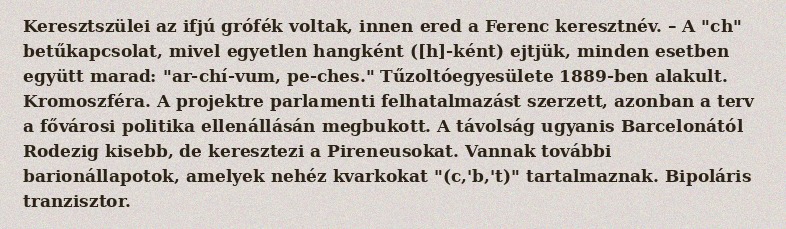
Keresztszülei az ifjú grófék voltak, innen ered a Ferenc keresztnév. – A "ch" betűkapcsolat, mivel egyetlen hangként ([h]-ként) ejtjük, minden esetben együtt marad: "ar-chí-vum, pe-ches." Tűzoltóegyesülete 1889-ben alakult. Kromoszféra. A projektre parlamenti felhatalmazást szerzett, azonban a terv a fővárosi politika ellenállásán megbukott. A távolság ugyanis Barcelonától Rodezig kisebb, de keresztezi a Pireneusokat. Vannak további barionállapotok, amelyek nehéz kvarkokat "(c,'b,'t)" tartalmaznak. Bipoláris tranzisztor.